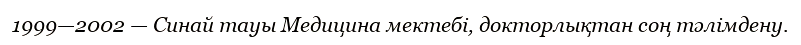
1999—2002 — Синай тауы Медицина мектебі, докторлықтан соң тәлімдену.